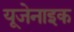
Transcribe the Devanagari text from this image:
यूजेनाइक